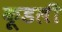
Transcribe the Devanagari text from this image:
कूडली